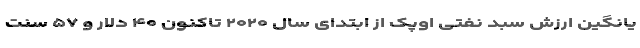
یانگین ارزش سبد نفتی اوپک از ابتدای سال ۲۰۲۰ تاکنون ۴۰ دلار و ۵۷ سنت